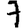
Digit: 7